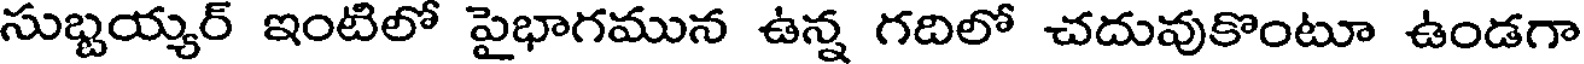
సుభ్బయ్యర్ ఇంటిలో పైభాగమున ఉన్న గదిలో చదువుకొంటూ ఉండగా